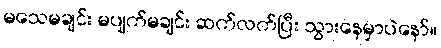
မသေမချင်း မပျက်မချင်း ဆက်လက်ပြီး သွားနေမှာပဲနော်။